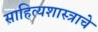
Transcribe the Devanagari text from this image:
साहित्यशास्त्राचे